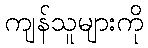
ကျန်သူများကို